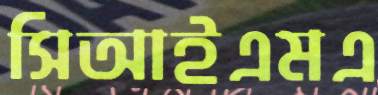
সিআইএমএ